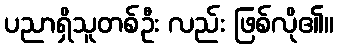
ပညာရှိသူတစ်ဦး လည်း ဖြစ်လို၏။